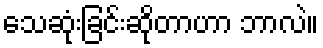
သေဆုံးခြင်းဆိုတာဟာ ဘာလဲ။